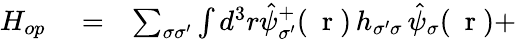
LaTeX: \begin{array}{rlr}{H_{op}}&{{}=}&{\sum_{\sigma\sigma^{\prime}}\int d^{3}r\hat{\psi}_{\sigma^{\prime}}^{+}(\mathrm{~\mathbf~r~})\, h_{\sigma^{\prime}\sigma}\, \hat{\psi}_{\sigma}(\mathrm{~\mathbf~r~})+}\end{array}